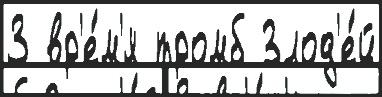
3 вр'е́м'я тромб Злод'е́й